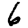
Digit: 6